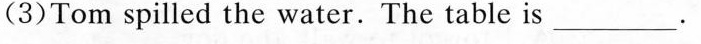
(3)Tom spilled the water. The table is ___.